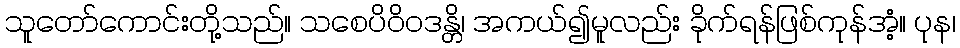
သူတော်ကောင်းတို့သည်။ သစေပိဝိဝဒန္တိ၊ အကယ်၍မူလည်း ခိုက်ရန်ဖြစ်ကုန်အံ့။ ပုန၊